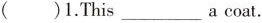
（）1.This___acoat.